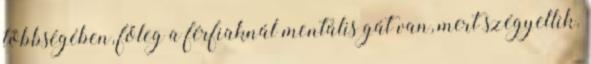
többségében, főleg a férfiaknál mentális gát van, mert szégyellik.